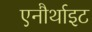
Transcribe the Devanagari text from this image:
एनौर्थाइट